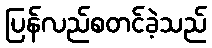
ပြန်လည်စတင်ခဲ့သည်